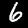
Label: 6